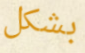
بشكل